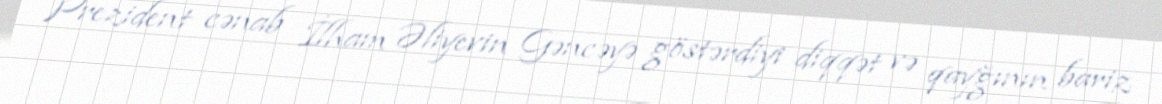
Prezident cənab İlham Əliyevin Gəncəyə göstərdiyi diqqət və qayğının bariz